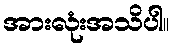
အားလုံးအသိပါ။